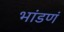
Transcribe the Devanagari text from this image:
भांडणं